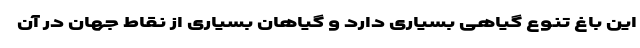
این باغ تنوع گیاهی بسیاری دارد و گیاهان بسیاری از نقاط جهان در آن